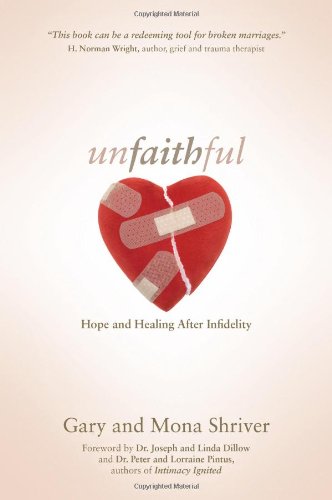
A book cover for Unfaithful: Hope and Healing After Infidelity; Gary Shriver; Christian Books & Bibles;